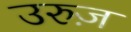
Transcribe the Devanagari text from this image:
उरुज़